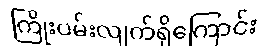
ကြိုးပမ်းလျက်ရှိကြောင်း